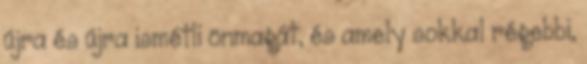
újra és újra ismétli önmagát, és amely sokkal régebbi,